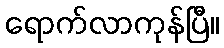
ရောက်လာကုန်ပြီ။